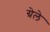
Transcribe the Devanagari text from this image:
ग्रेले